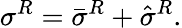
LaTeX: \sigma^{R}=\bar{\sigma}^{R}+\hat{\sigma}^{R}.